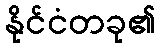
နိုင်ငံတခု၏